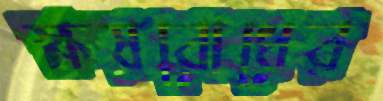
ক্ষয়রোধের